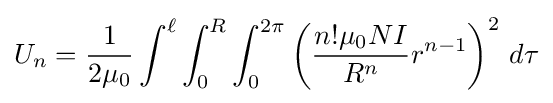
U_{n}={\frac {1}{2\mu _{0}}}\int ^{\ell }\int _{0}^{R}\int _{0}^{2\pi }\left({\frac {n!\mu _{0}NI}{R^{n}}}r^{n-1}\right)^{2}\,d\tau